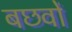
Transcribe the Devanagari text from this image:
बछवों